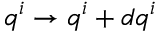
q ^ { i } \rightarrow q ^ { i } + d q ^ { i }